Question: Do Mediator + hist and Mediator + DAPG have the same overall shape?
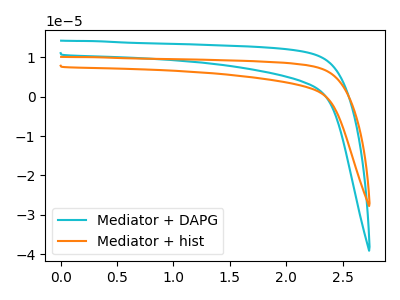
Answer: <think>The cyan curve "Mediator + DAPG" has no peaks. The orange curve "Mediator + hist" has no peaks.
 Neither "Mediator + hist" or "Mediator + DAPG" have any peaks.</think>
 <answer>"Mediator + hist" and "Mediator + DAPG" are similar in shape.</answer>
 <eval>same_shape</eval>